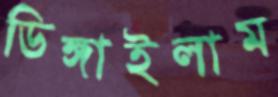
ডিঙ্গাইলাম